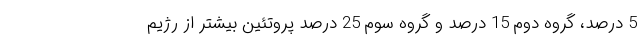
5 درصد، گروه دوم 15 درصد و گروه سوم 25 درصد پروتئین بیشتر از رژیم